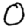
Digit: 0